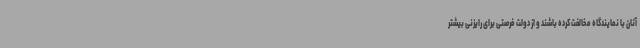
آنان با نمایندگاه مخالفت کرده باشند و از دولت فرصتی برای رایزنی بیشتر